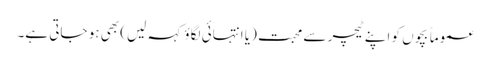
عموماً بچوں کو اپنے ٹیچر سے محبت (یا انتہائی لگاؤ کہہ لیں) بھی ہو جاتی ہے۔